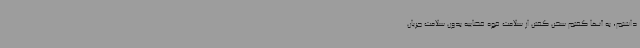
داشتم، به آنها گفتم سخن گفتن از سلامت قوه قضاییه بدون سلامت جریان